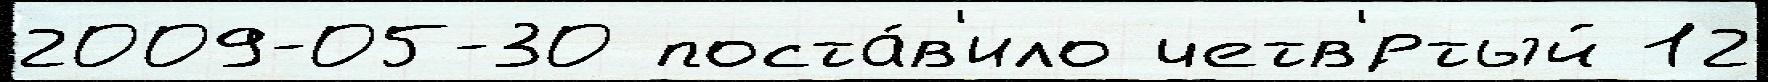
2009-05-30 поста́в'ило четв'́ртый 12